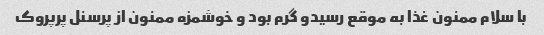
با سلام ممنون غذا به موقع رسیدو گرم بود و خوشمزه ممنون از پرسنل پرپروک